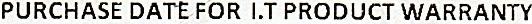
PURCHASE DATE FOR I.T PRODUCT WARRANTY